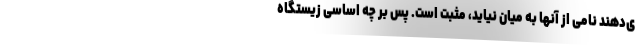
ی‌دهند نامی از آنها به میان نیاید، مثبت است. پس بر چه اساسی زیستگاه